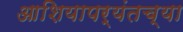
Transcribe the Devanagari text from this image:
आशियापर्यंतच्या